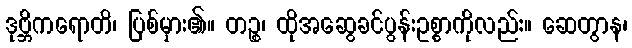
ဒုဗ္ဘိကရောတိ၊ ပြစ်မှား၏။ တဉ္စ၊ ထိုအဆွေခင်ပွန်းဥစ္စာကိုလည်း။ ဆေတွာန၊